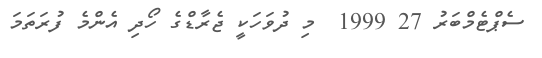
ސެޕްޓެމްބަރު 27 1999  މި ދުވަހަކީ ޖެރާޑްގެ ހޯދި އެންމެ ފުރަތަމަ